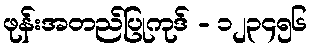
ဖုန်းအတည်ပြုကုဒ် - ၁၂၃၄၅၆